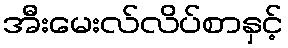
အီးမေးလ်လိပ်စာနှင့်